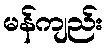
မန်ကျည်း